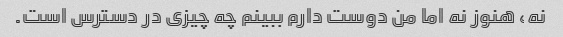
نه، هنوز نه اما من دوست دارم ببینم چه چیزی در دسترس است.